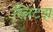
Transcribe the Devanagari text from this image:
ब्लिटझ